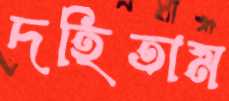
দহিতাম